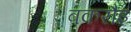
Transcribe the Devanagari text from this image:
बकरौइ